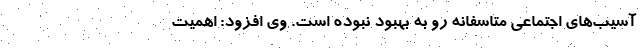
آسیب‌های اجتماعی متاسفانه رو به بهبود نبوده است. وی افزود: اهمیت